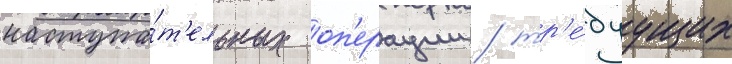
наступа́т'ельных оп'ерации / тр'е́буущих